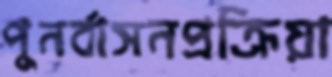
পুনর্বাসনপ্রক্রিয়া